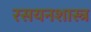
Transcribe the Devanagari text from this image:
रसयनशास्त्र